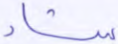
شاء